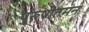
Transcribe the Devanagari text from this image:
पुरुषोतमन